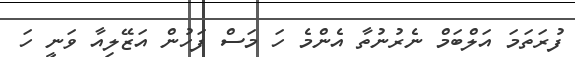
ފުރަތަމަ އަލްބަމް ނެރުނުތާ އެންމެ ހަ މަސް ފަހުން އަޒޭލިއާ ވަނީ ހަ